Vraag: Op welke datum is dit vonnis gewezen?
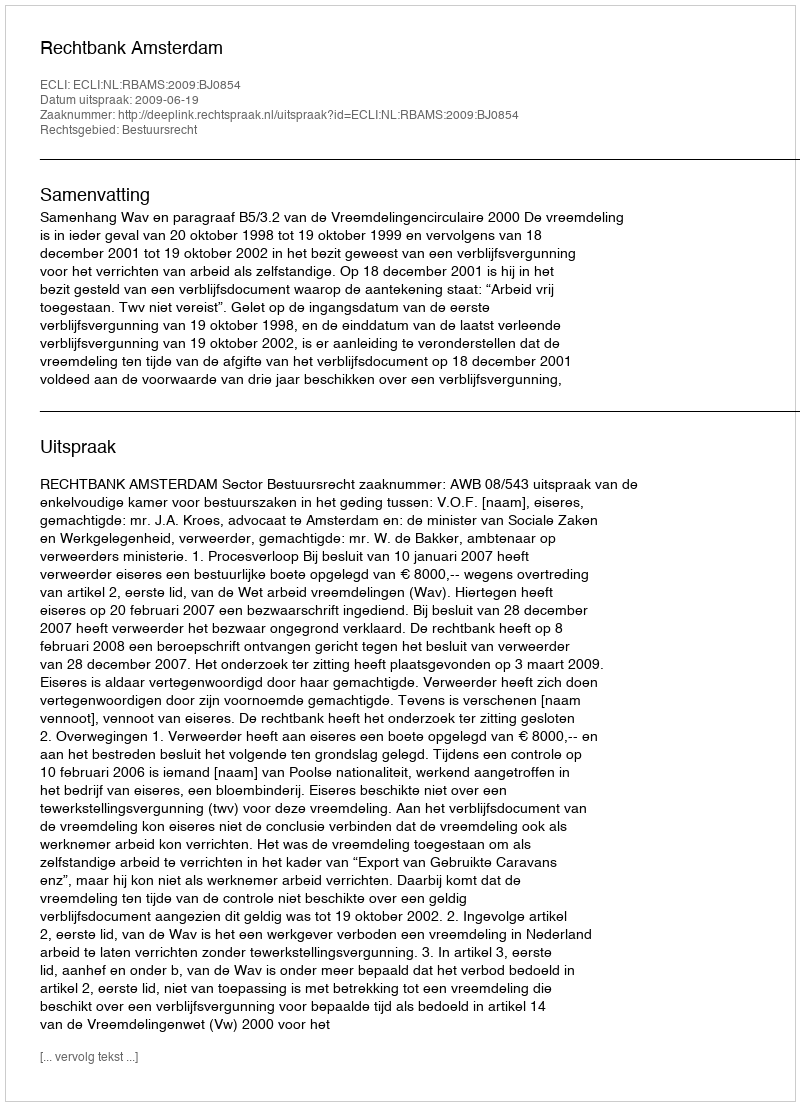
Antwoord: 2009-06-19